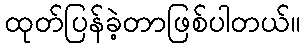
ထုတ်ပြန်ခဲ့တာဖြစ်ပါတယ်။